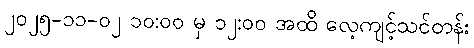
၂၀၂၅-၁၁-၀၂ ၁၀:၀၀ မှ ၁၂:၀၀ အထိ လေ့ကျင့်သင်တန်း